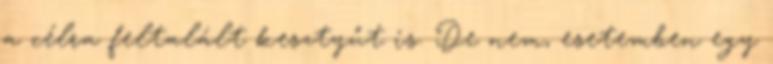
a célra feltalált kesztyűt is. De nem, esetemben egy